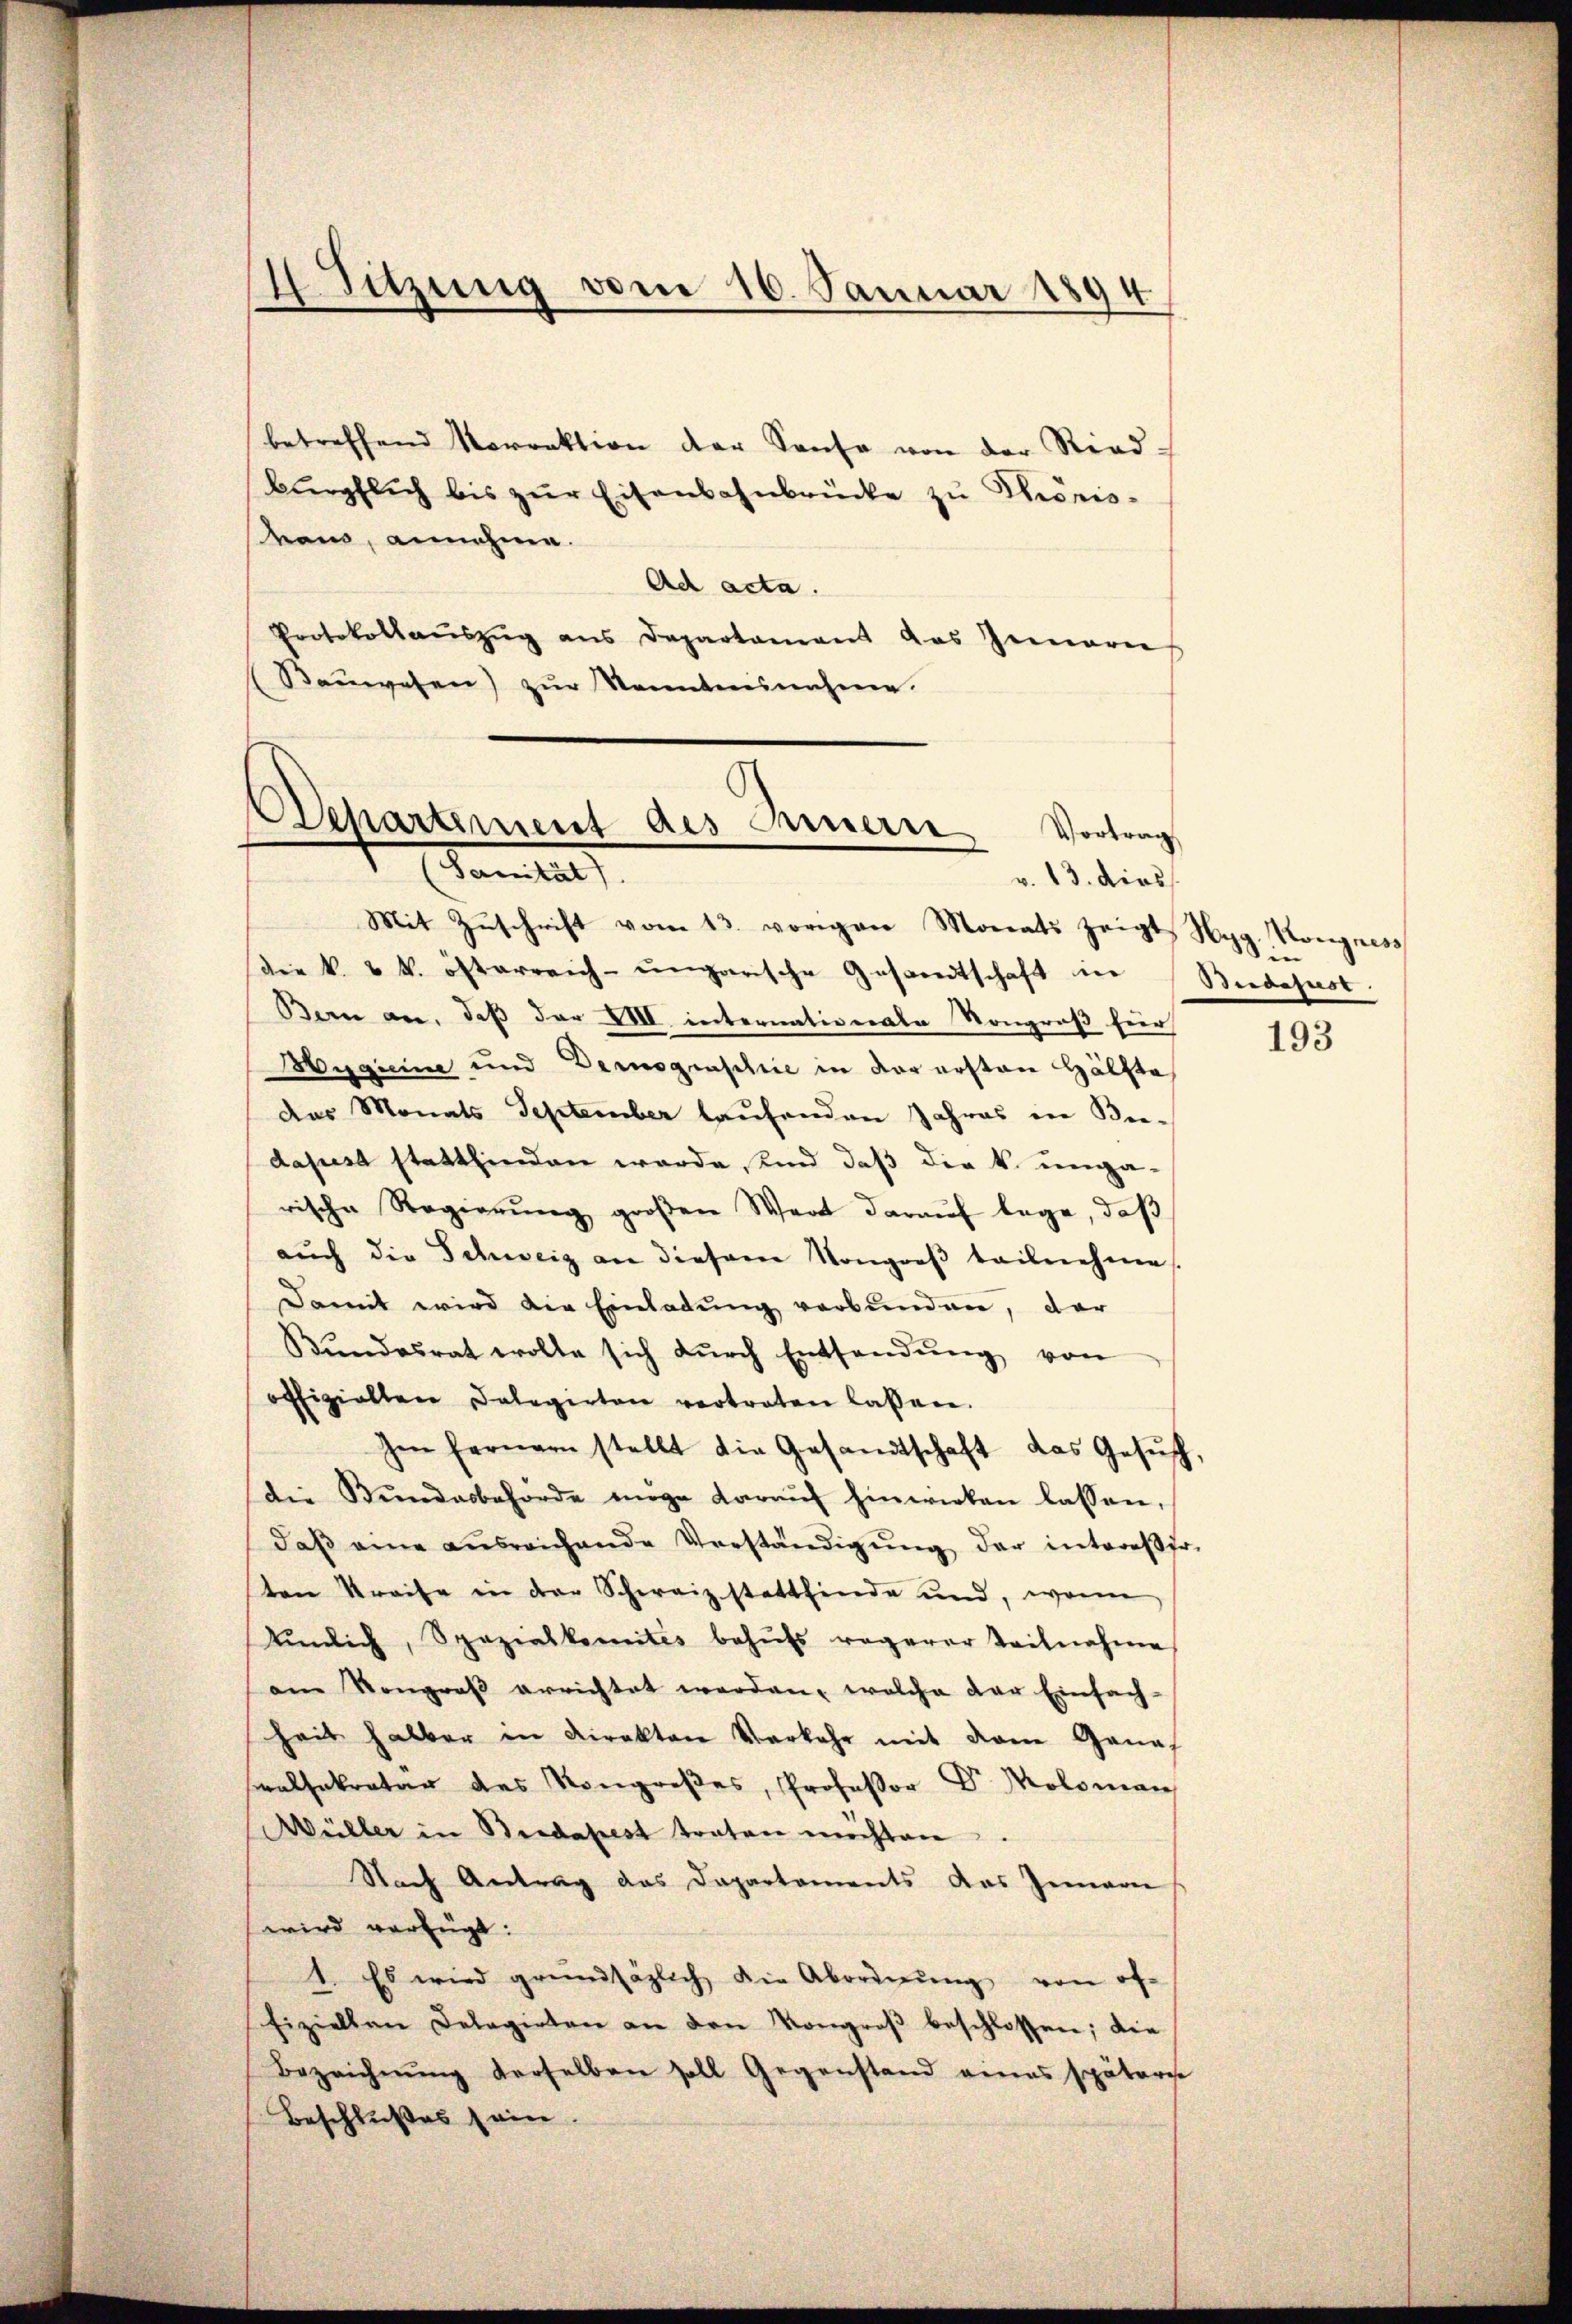
4. Sitzung vom 16. Januar 1894

betreffend Vorrektion der Sause von der Ried-
bürpflich bis zŭr Eisenbahnbrücke zu Phönis-
von, annehme.
Ad acta.
Protokollaŭszŭg ans Departamens das Gemarie
Bauwesen) zur Sonnternahme.

Separtement des Innern Vortrag
Vom 12.
v. 13. dies

Mit Zŭschrift vom 13. vorigen Monats zeigt Hys. Kongress
die k. k. österreich-ungarische Gesandtschaft in
Bern an, daß der XVII internationale Kongroß für
Meguine und Derographie in der ersten Hälfte
Das Monats September laufenden Jahres in Beidapest stattfinden werde, und daß die k. ungarische Regierŭng groβen Wert daraŭf lege, daβ
aŭch die Schweig an diesem Kongroβ tailnehme
Damit wird die Einladŭng verbunden, dar
Bŭndesrat wolle sich dŭrch Entsandŭng von
offizielten Delegirten vertreten lassen.
Im fernern stellt die Gesandtschaft das Gesŭch
die Bŭndesbehörde mige daraŭf hinwirken lassen,
daβ eine ausreichende Verständigŭng der intereser
ten Streife in der Schweiz stattfinde und, wenn
tŭnlich, Spazialkomites behŭfs regerer Teilnahme
am Kongraβ errichtet werden, welche der Einfach-
heit halber in Direkten Verkehr mit deren Geneh
ralsekretär des Kongroßes, Professor Dr Moloman
Wüller in Bridapest traten möchten.
Nach Antrag das Dapartements das Gemarie
wird verfügt:
1. Es wird grundsätzlich die Abordnŭng von of-
fiziellen Delegirten an den Kongroβ beschlossen; die
Bezeichnŭng derselben soll Gegenstand eines späteres
Beschlußes sein.

Sie
Budejust

193